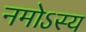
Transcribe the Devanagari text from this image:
नमोऽस्य